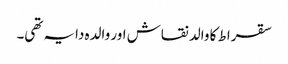
سقراط کا والد نقاش اور والدہ دایہ تھی۔